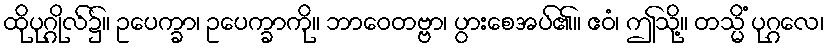
ထိုပုဂ္ဂိုလ်၌။ ဥပေက္ခာ၊ ဥပေက္ခာကို။ ဘာဝေတဗ္ဗာ၊ ပွားစေအပ်၏။ ဧဝံ၊ ဤသို့။ တသ္မိံ ပုဂ္ဂလေ၊